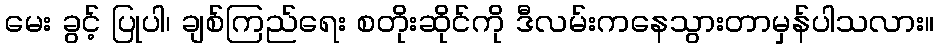
မေး ခွင့် ပြုပါ၊ ချစ်ကြည်ရေး စတိုးဆိုင်ကို ဒီလမ်းကနေသွားတာမှန်ပါသလား။